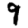
Digit: 9